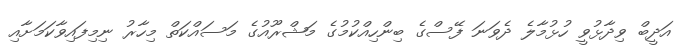
އަދީބް ވިދާޅުވީ ހުޅުމާލެ ދެވަނަ ފޭސްގެ ބިންހިއްކުމުގެ މަޝްރޫއުގެ މަސައްކަތް މިހާރު ނިމިފައިވާކަމަށާއި